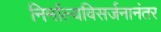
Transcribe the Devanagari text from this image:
निर्माल्यविसर्जनानंतर